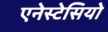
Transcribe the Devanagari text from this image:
एनेस्टेसियो